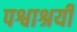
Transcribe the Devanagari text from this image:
पश्वाश्रयी